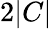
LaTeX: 2|C|